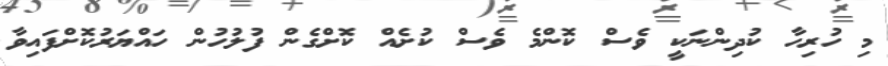
މި ހުރިހާ ކުދިންނަކީ ވެސް ކޮންމެ ވެސް ކުށެއް ކޮށްގެން ފުލުހުން ހައްޔަރުކޮށްފައިވާ